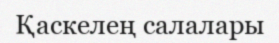
Қаскелең салалары